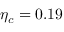
\eta _ { c } = 0 . 1 9